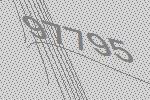
97795